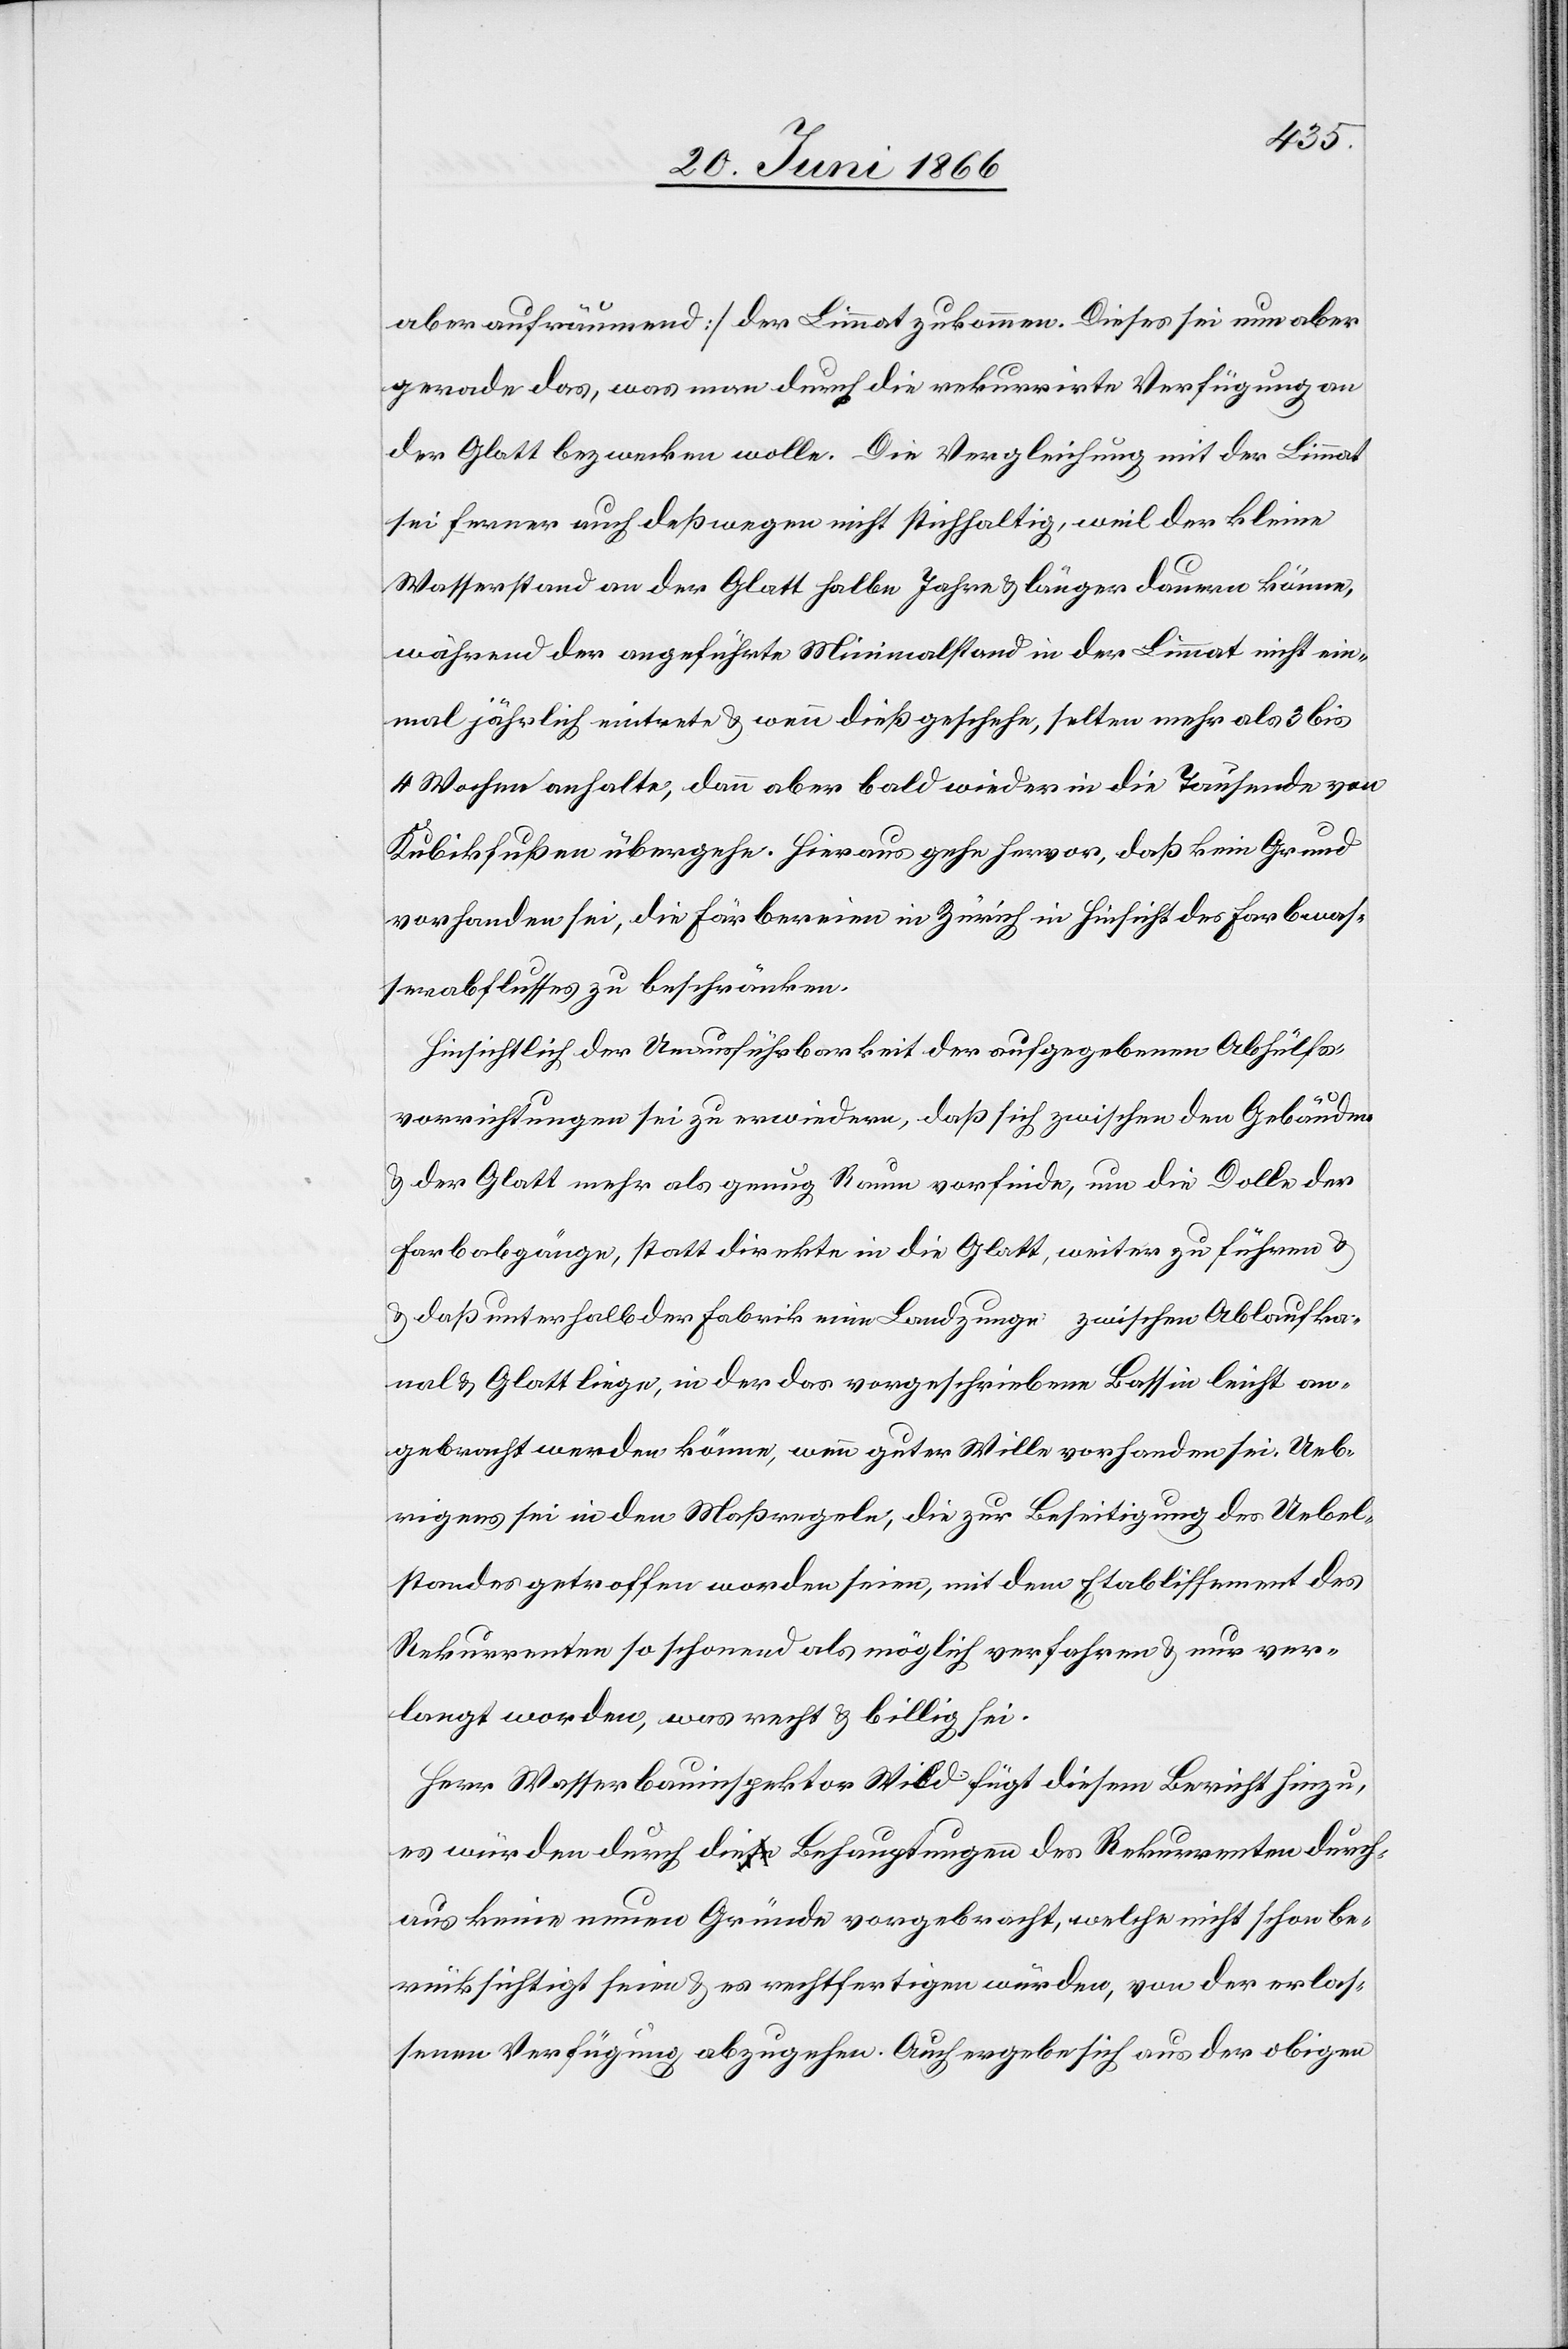
aber aufräumend] der Limmat zukommen. Dieses sei nun aber
gerade das, was man durch die rekurrirte Verfügung an
der Glatt bezwecken wolle. Die Vergleichung mit der Limmat
sei ferner auch deßwegen nicht stichhaltig, weil der kleine
Wasserstand an der Glatt halbe Jahre u. länger dauern könne,
während der angeführte Minimalstand in der Limmat nicht ein¬
mal jährlich einträte u. wenn dieß geschehe, selten mehr als 3 bis
4 Wochen anhalte, dann aber bald wieder in die Tausende von
Kubikfußen übergehe. Hieraus gehe hervor, daß kein Grund
vorhanden sei, die Färbereien in Zürich in Hinsicht des Farbwas¬
serabflusses zu beschränken.
Hinsichtlich der Unausführbarkeit der aufgegebenen Abhülfs¬
vorrichtungen sei zu erwiedern, daß sich zwischen den Gebäuden
u. der Glatt mehr als genug Raum vorfinde, um die Dolle der
Farbabgänge, statt direkte in die Glatt, weiter zu führen
u. daß unterhalb der Fabrik eine Landzunge zwischen Ablaufka¬
nal u. Glatt liege, in der das vorgeschriebene Bassin leicht an¬
gebracht werden könne, wenn guter Wille vorhanden sei. Ueb¬
rigens sei in den Maßregeln, die zur Beseitigung des Uebel¬
standes getroffen worden seien, mit dem Etablissement des
Rekurrenten so schonend als möglich verfahren u. nur ver¬
langt worden, was recht u. billig sei.
Herr Wasserbauinspektor Wild fügt diesem Bericht hinzu,
es würden durch die Behauptungen des Rekurrenten durch¬
aus keine neuen Gründe vorgebracht, welche nicht schon be¬
rücksichtigt seien u. es rechtfertigen würden, von der erlas¬
senen Verfügung abzugehen. Auch ergebe sich aus der obigen